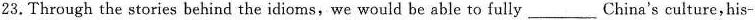
23.Through the stories behind the idioms,we would be able to fully___China's culture,his-